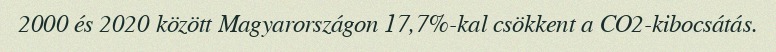
2000 és 2020 között Magyarországon 17,7%-kal csökkent a CO2-kibocsátás.